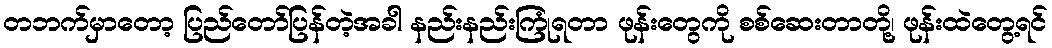
တဘက်မှာတော့ ပြည်တော်ပြန်တဲ့အခါ နည်းနည်းကြုံရတာ ဖုန်းတွေကို စစ်ဆေးတာတို့၊ ဖုန်းထဲတွေ့ရင်